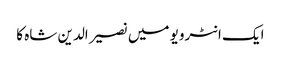
ایک انٹرویو میں نصیر الدین شاہ کا